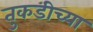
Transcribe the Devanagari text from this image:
तुकडीच्या